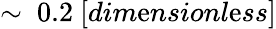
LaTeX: \sim\ 0.2\ [dim\mathrm{e}nsionl\mathrm{e}ss]